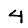
Digit: 4